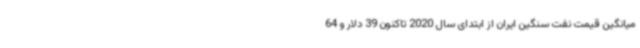
میانگین قیمت نفت سنگین ایران از ابتدای سال 2020 تاکنون 39 دلار و 64